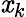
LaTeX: \mathit{x}_{k}